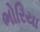
ભોરિયા